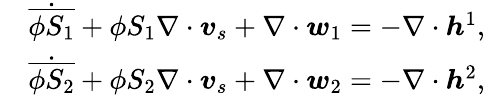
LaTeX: \begin{array}{rl}&{\dot{\overline{{\phi S_{1}}}}+\phi S_{1}\nabla\cdot\boldsymbol{v}_{s}+\nabla\cdot\boldsymbol{w}_{1}=-\nabla\cdot\boldsymbol{h}^{1},}\\ &{\dot{\overline{{\phi S_{2}}}}+\phi S_{2}\nabla\cdot\boldsymbol{v}_{s}+\nabla\cdot\boldsymbol{w}_{2}=-\nabla\cdot\boldsymbol{h}^{2},}\end{array}